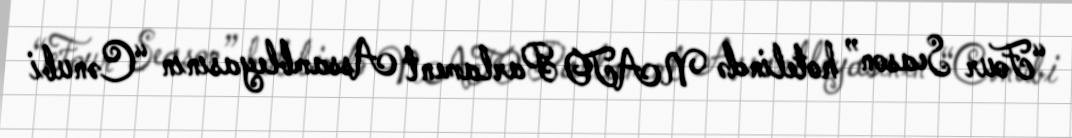
“Four Season” hotelində NATO Parlament Assambleyasının “Cənubi